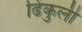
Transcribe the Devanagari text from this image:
ढिंकुली